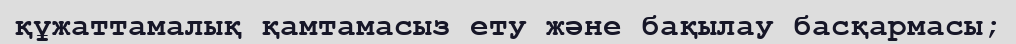
құжаттамалық қамтамасыз ету және бақылау басқармасы;